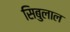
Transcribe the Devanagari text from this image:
सिबुलाल